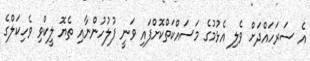
އެ ސަރަހައްދަށް ވެލި އެޅުމުގެ މަސައްކަތްކޮށްފައި ވަނީ ފުލުހުންނާއި ތެޔޮ ލީކްވި ވެހިކަލްގެ